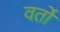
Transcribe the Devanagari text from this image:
वर्तों